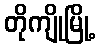
တိုကျိုမြို့